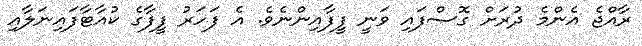
ރާއްޖެ އެންމެ ދުރަށް ގޮސްފައި ވަނީ ފީފާއިންނެވެ. އެ ފަހަރު ފީފާގެ ކުއާޓާފައިނަލާއި